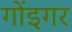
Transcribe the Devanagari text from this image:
गोंइगर